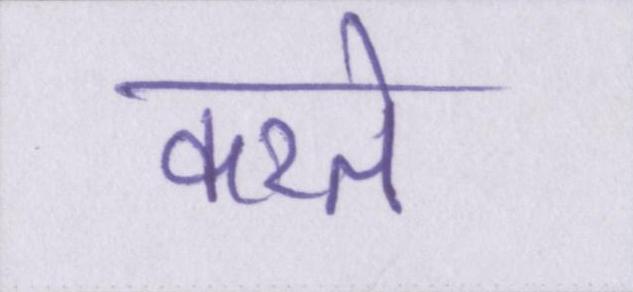
करते